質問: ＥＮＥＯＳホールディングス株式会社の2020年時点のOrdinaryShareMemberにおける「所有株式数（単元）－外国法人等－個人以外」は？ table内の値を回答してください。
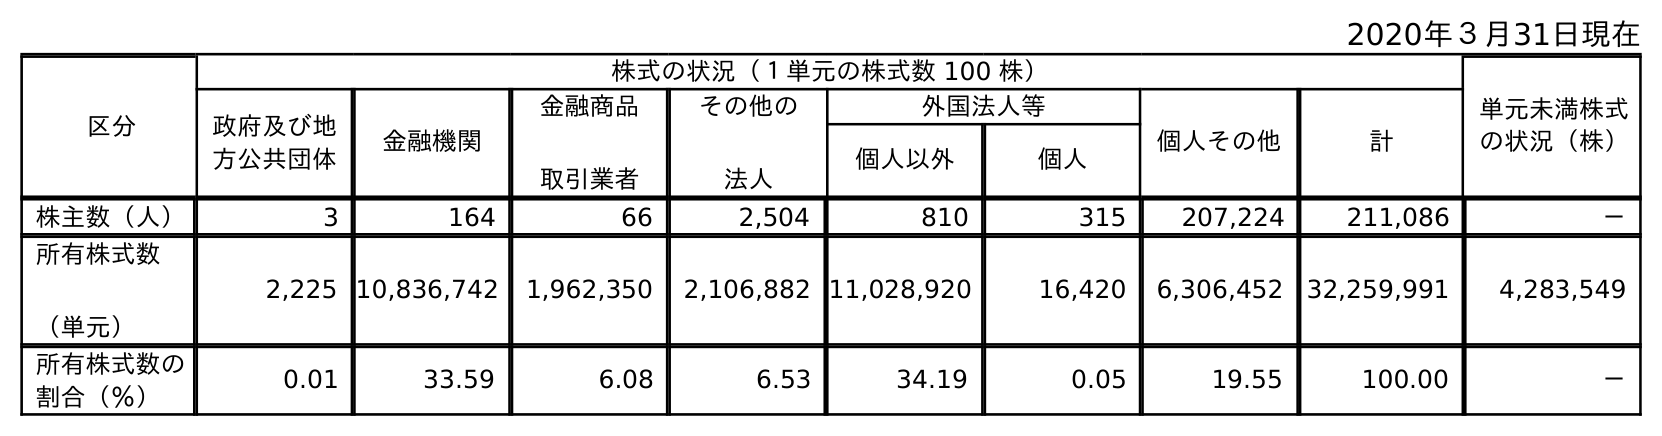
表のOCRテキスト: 2020年３月31日現在 区分 株式の状況（１単元の株式数 100 株） 単元未満株式 の状況（株） 政府及び地 方公共団体 金融機関 金融商品 取引業者 その他の 法人 外国法人等 個人その他 計 個人以外 個人 株主数（人） 3 164 66 2,504 810 315 207,224 211,086 － 所有株式数 （単元） 2,225 10,836,742 1,962,350 2,106,882 11,028,920 16,420 6,306,452 32,259,991 4,283,549 所有株式数の 割合（％） 0.01 33.59 6.08 6.53 34.19 0.05 19.55 100.00 －
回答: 11,028,920